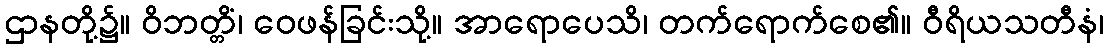
ဌာနတို့၌။ ဝိဘတ္တိံ၊ ဝေဖန်ခြင်းသို့။ အာရောပေသိ၊ တက်ရောက်စေ၏။ ဝီရိယသတီနံ၊